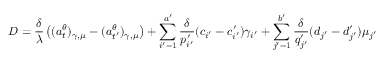
D = \frac { \delta } { \lambda } \left( ( a _ { t } ^ { \theta } ) _ { \gamma , \mu } - ( a _ { t ^ { \prime } } ^ { \theta } ) _ { \gamma , \mu } \right) + \sum _ { i ^ { \prime } = 1 } ^ { a ^ { \prime } } \frac { \delta } { p _ { i ^ { \prime } } ^ { \prime } } ( c _ { i ^ { \prime } } - c _ { i ^ { \prime } } ^ { \prime } ) \gamma _ { i ^ { \prime } } + \sum _ { j ^ { \prime } = 1 } ^ { b ^ { \prime } } \frac { \delta } { q _ { j ^ { \prime } } ^ { \prime } } ( d _ { j ^ { \prime } } - d _ { j ^ { \prime } } ^ { \prime } ) \mu _ { j ^ { \prime } }